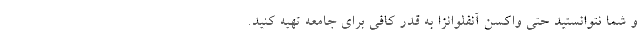
و شما نتوانستید حتي واکسن آنفلوانزا به قدر كافي براي جامعه تهیه کنید.